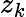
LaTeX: z_{k}